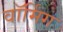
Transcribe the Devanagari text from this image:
वाॅर्मिंग